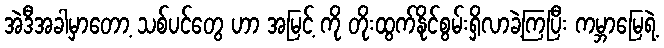
အဲဒီအခါမှာတော့ သစ်ပင်တွေ ဟာ အမြင့် ကို တိုးထွက်နိုင်စွမ်းရှိလာခဲ့ကြပြီး ကမ္ဘာမြေရဲ့